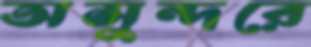
অসুন্দরে